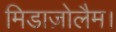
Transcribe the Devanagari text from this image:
मिडाज़ोलैम।